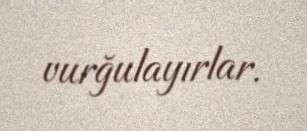
vurğulayırlar.